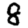
Digit: 8